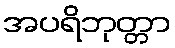
အပရိဘုတ္တာ